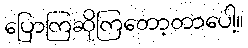
ပြောကြဆိုကြတော့တာပေါ့။